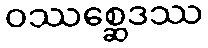
ဝဿစ္ဆေဒဿ